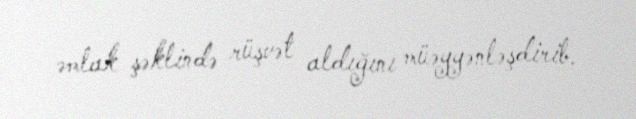
əmlak şəklində rüşvət aldığını müəyyənləşdirib.